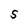
Character: S